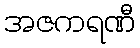
အဇကရဏီ